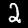
Label: 2